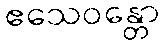
ဧသေဝန္တော